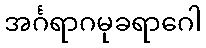
အင်္ဂရာဂမုခရာဂေါ